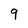
Character: 9